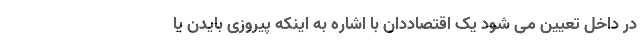
در داخل تعیین می شود یک اقتصاددان با اشاره به اینکه پیروزی بایدن یا